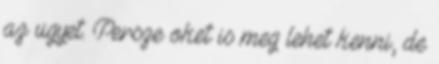
az ugyet. Persze oket is meg lehet kenni, de